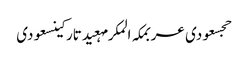
حجسعودی عربمکہ المکرمہعیدتارکینسعودی